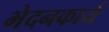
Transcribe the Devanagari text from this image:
भेदनकार्य